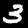
Label: 3